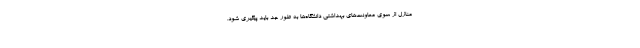
منازل از سوی معاونت‌های بهداشتی دانشگاه‌ها به طور جد باید پیگیری شود.